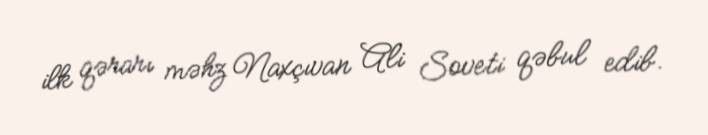
ilk qərarı məhz Naxçıvan Ali Soveti qəbul edib.